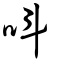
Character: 呌